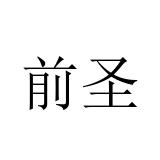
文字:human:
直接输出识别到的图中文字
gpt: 前圣